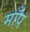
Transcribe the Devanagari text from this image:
माँप